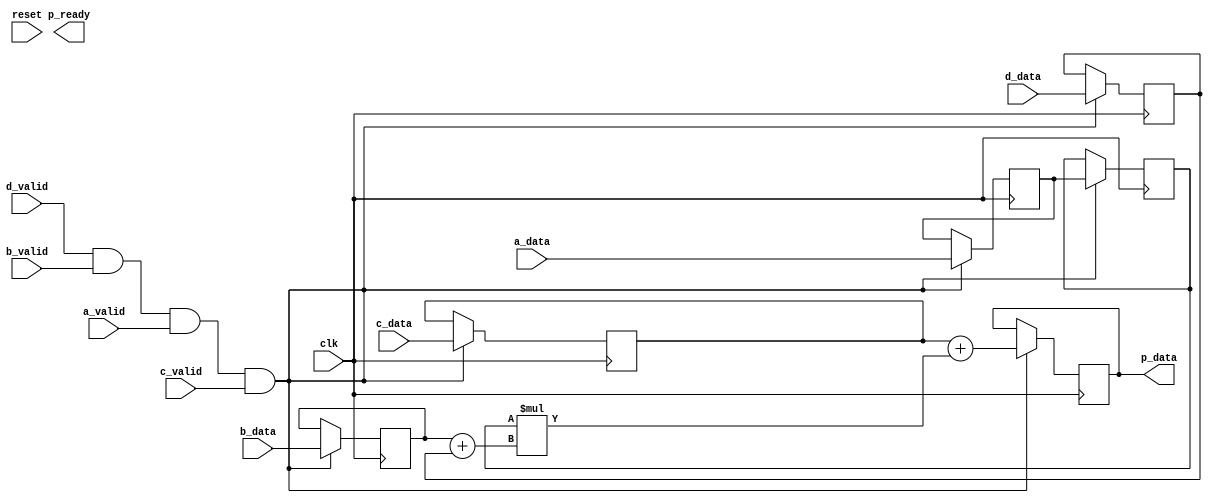
`timescale 1ns / 1ps

module dsp_template #(
	parameter NO_OF_BITS = 16
	// parameter [7:0] opmode
	)(
	input wire clk,
	input wire reset,

	input wire [NO_OF_BITS-1:0] 		d_data,
	input wire 							d_valid,

	input wire [NO_OF_BITS-1:0] 		b_data,
	input wire 							b_valid,

	input wire [NO_OF_BITS-1:0] 		a_data,
	input wire 							a_valid,

	input wire [(NO_OF_BITS*2)-1:0] 	c_data,
	input wire 							c_valid,

	output wire [(NO_OF_BITS*2)-1:0] 	p_data,
	output wire 						p_ready
	);

	reg [NO_OF_BITS-1:0]		reg_d;
	reg [NO_OF_BITS-1:0]		reg_b0;
	reg [NO_OF_BITS-1:0]		reg_b1;
	reg [NO_OF_BITS-1:0]		reg_a0;
	reg [NO_OF_BITS-1:0]		reg_a1;
	reg [(NO_OF_BITS*2)-1:0]	reg_c;
	reg [(NO_OF_BITS*2)-1:0]	reg_m;
	reg [(NO_OF_BITS*2)-1:0]	reg_p;
	
	wire start_action = d_valid & b_valid & a_valid & c_valid;

	assign p_data = reg_p;

	initial begin
		reg_d  = 0;
		reg_b0 = 0;
		reg_b1 = 0;
		reg_a0 = 0;
		reg_a1 = 0;
		reg_c  = 0;
		reg_m  = 0;
		reg_p  = 0;
	end //initial

	always @(posedge clk) begin
		if(start_action) begin

			// load input values
			reg_d  <= d_data;
			reg_b0 <= b_data;
			reg_a0 <= a_data;
			reg_c  <= c_data;

			// pre-adder and pipeline
//			reg_b1 <= reg_d + reg_b0;
			reg_a1 <= reg_a0;

			// multiply
//			reg_m <= reg_a1 * reg_b1;

			// post-adder
//			reg_p <= reg_m + reg_c;
			
			// ALL TOGETHER
			reg_p <= reg_c + (reg_a1 * (reg_b0 + reg_d));

		end // if(start_action)
	end // always @(posedge clk)

endmodule // dsp_template